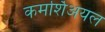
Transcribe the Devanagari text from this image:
कमर्शिअयल